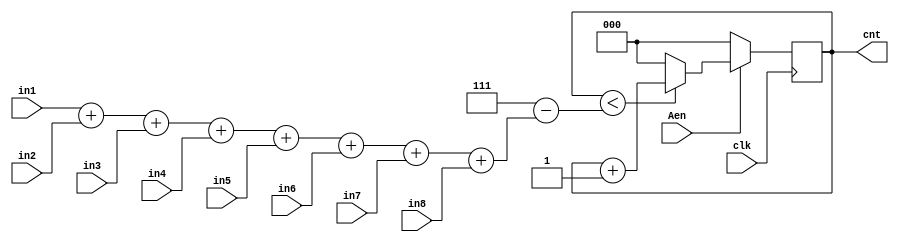
module adder8 (in1,in2,in3,in4,in5,in6,in7,in8,cnt,Aen,clk);
input in1,in2,in3,in4,in5,in6,in7,in8,clk,Aen;
output reg [2:0]cnt;
reg [2:0]sum;

always @(posedge clk)
begin//
sum = (3'b111-(in1+in2+in3+in4+in5+in6+in7+in8));
if (Aen == 1)//
	begin
	if (cnt<sum) cnt = cnt+1'b1;//
	else cnt = 0;//
	end
else cnt = 0;
end
endmodule